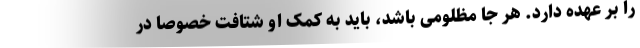
را بر عهده دارد. هر جا مظلومی باشد، باید به کمک او شتافت خصوصا در